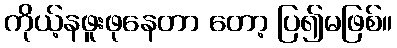
ကိုယ့်နဖူးဖုနေတာ တော့ ပြ၍မဖြစ်။